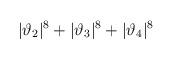
LaTeX: \begin{align*}|\vartheta_2|^8 + |\vartheta_3|^8 +|\vartheta_4|^8\end{align*}